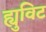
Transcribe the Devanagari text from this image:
ह्युविट